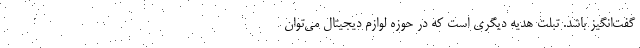
گفت‌انگیز باشد. تبلت هدیه دیگری است که در حوزه لوازم دیجیتال می‌توان